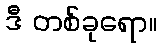
ဒီ တစ်ခုရော။